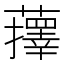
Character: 蘀